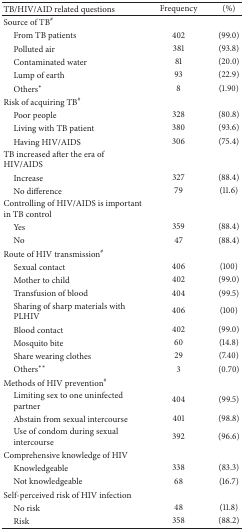
| TB/HIV/AID related questions | Frequency | (%) |
 | --- | --- | --- |
 | Source of TB# |  |  |
 | From TB patients | 402 | (99.0) |
 | Polluted air | 381 | (93.8) |
 | Contaminated water | 81 | (20.0) |
 | Lump of earth | 93 | (22.9) |
 | Others* | 8 | (1.90) |
 | Risk of acquiring TB# |  |  |
 | Poor people | 328 | (80.8) |
 | Living with TB patient | 380 | (93.6) |
 | Having HIV/AIDS | 306 | (75.4) |
 | TB increased after the era of HIV/AIDS |  |  |
 | Increase | 327 | (88.4) |
 | No difference | 79 | (11.6) |
 | Controlling of HIV/AIDS is important in TB control |  |  |
 | Yes | 359 | (88.4) |
 | No | 47 | (88.4) |
 | Route of HIV transmission# |  |  |
 | Sexual contact | 406 | (100) |
 | Mother to child | 402 | (99.0) |
 | Transfusion of blood | 404 | (99.5) |
 | Sharing of sharp materials withPLHIV | 406 | (100) |
 | Blood contact | 402 | (99.0) |
 | Mosquito bite | 60 | (14.8) |
 | Share wearing clothes | 29 | (7.40) |
 | Others** | 3 | (0.70) |
 | Methods of HIV prevention# |  |  |
 | Limiting sex to one uninfectedpartner | 404 | (99.5) |
 | Abstain from sexual intercourse | 401 | (98.8) |
 | Use of condom during sexualintercourse | 392 | (96.6) |
 | Comprehensive knowledge of HIV |  |  |
 | Knowledgeable | 338 | (83.3) |
 | Not knowledgeable | 68 | (16.7) |
 | Self-perceived risk of HIV infection |  |  |
 | No risk | 48 | (11.8) |
 | Risk | 358 | (88.2) |